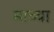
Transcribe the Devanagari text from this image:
माच्चा